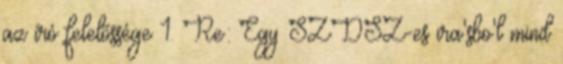
az író felelõssége 1. Re: Egy SZDSZ-es ira'sbo'l mind